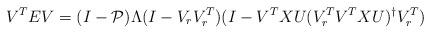
LaTeX: \begin{align*} V^TEV = (I-\mathcal{P})\Lambda (I-V_{r}V_{r}^T)(I-V^TXU(V_{r}^TV^TXU)^\dagger V_{r}^T)\end{align*}